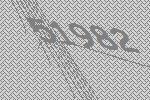
51982